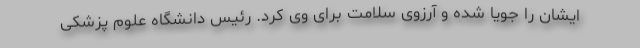
ایشان را جویا شده و آرزوی سلامت برای وی کرد. رئیس دانشگاه علوم پزشکی